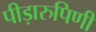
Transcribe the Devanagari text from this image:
पीड़ारुपिणी